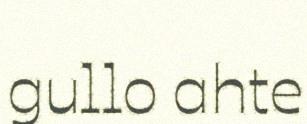
gullo ahte